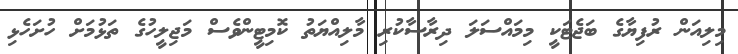
މިލިއަން ރުފިޔާގެ ބަޖެޓަކީ މިމައްސަލަ ދިރާސާކުރި މާލިއްޔަތު ކޮމިޓީންވެސް މަޖިލީހުގެ ތަޅުމަށް ހުށަހެޅި